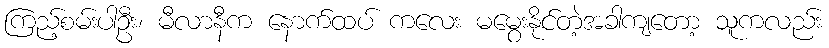
ကြည့်စမ်းပါဦး၊ မီလာနီက နောက်ထပ် ကလေး မမွေးနိုင်တဲ့အခါကျတော့ သူကလည်း